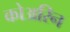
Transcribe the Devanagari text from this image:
कोअरिन